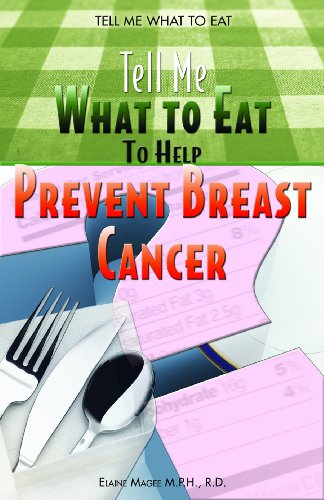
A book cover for Tell Me What To Eat To Help Prevent Breast Cancer; Elaine Magee; Health, Fitness & Dieting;